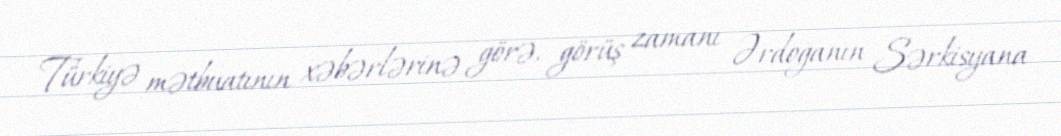
Türkiyə mətbuatının xəbərlərinə görə, görüş zamanı Ərdoğanın Sərkisyana